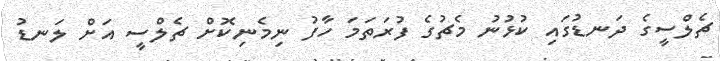
ޗެލްސީގެ ދަނޑުގައި ކުޅުނު މެޗުގެ ފުރަތަމަ ހާފު ނިމެނިކޮށް ޗެލްސީ އަށް ލަނޑު